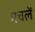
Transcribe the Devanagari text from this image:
मचलें